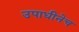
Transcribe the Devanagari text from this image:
उपाधीनेच